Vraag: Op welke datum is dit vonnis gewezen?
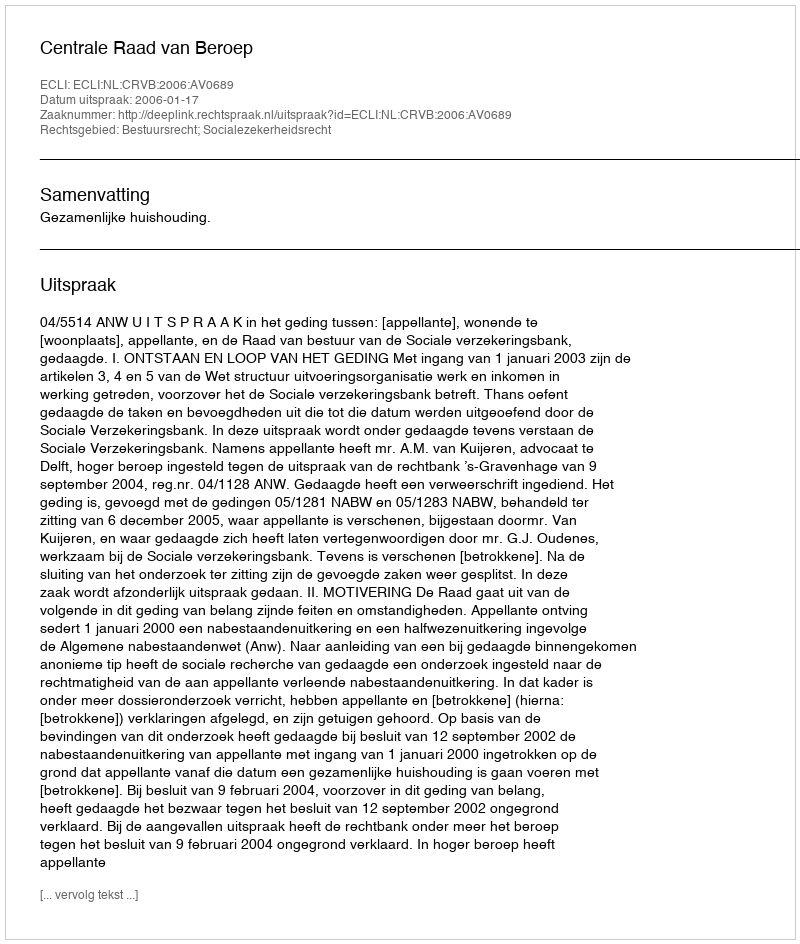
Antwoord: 2006-01-17